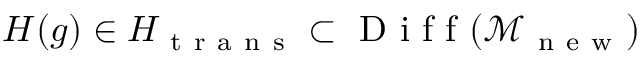
H ( g ) \in H _ { \mathrm { ~ t ~ r ~ a ~ n ~ s ~ } } \subset \mathrm { ~ D ~ i ~ f ~ f ~ } ( \mathcal { M } _ { \mathrm { ~ n ~ e ~ w ~ } } )